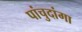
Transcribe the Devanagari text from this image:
पांचुदांगा